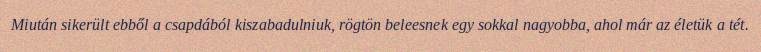
Miután sikerült ebből a csapdából kiszabadulniuk, rögtön beleesnek egy sokkal nagyobba, ahol már az életük a tét.